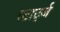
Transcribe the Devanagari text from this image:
स्टार्ट्ज